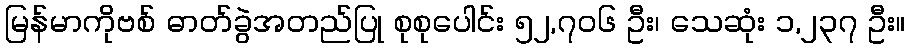
မြန်မာကိုဗစ် ဓာတ်ခွဲအတည်ပြု စုစုပေါင်း ၅၂,၇၀၆ ဦး၊ သေဆုံး ၁,၂၃၇ ဦး။